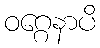
ဝဂ္ဂေနာပိ